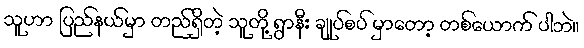
သူဟာ ပြည်နယ်မှာ တည်ရှိတဲ့ သူတို့ ရွာနီး ချုပ်စပ် မှာတော့ တစ်ယောက် ပါဘဲ။